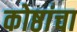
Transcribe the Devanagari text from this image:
कोष्ठांचा